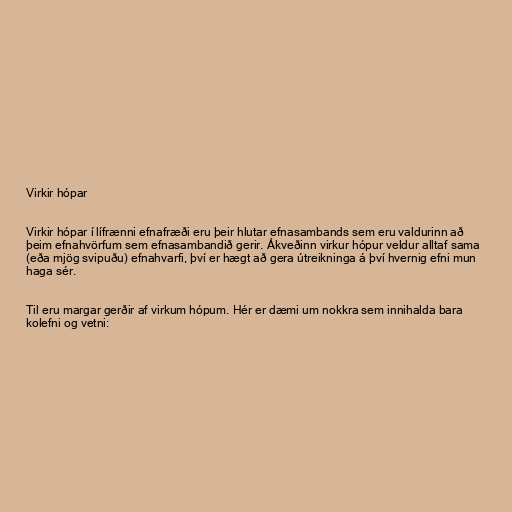
Virkir hópar

Virkir hópar í lífrænni efnafræði eru þeir hlutar efnasambands sem eru valdurinn að
þeim efnahvörfum sem efnasambandið gerir. Ákveðinn virkur hópur veldur alltaf sama
(eða mjög svipuðu) efnahvarfi, því er hægt að gera útreikninga á því hvernig efni mun
haga sér.

Til eru margar gerðir af virkum hópum. Hér er dæmi um nokkra sem innihalda bara
kolefni og vetni: